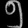
Digit: ၅